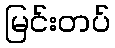
မြင်းတပ်